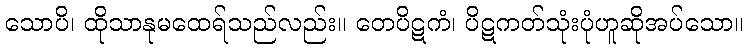
သောပိ၊ ထိုသာနုမထေရ်သည်လည်း။ တေပိဋကံ၊ ပိဋကတ်သုံးပုံဟူဆိုအပ်သော။